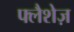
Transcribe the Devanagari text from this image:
फ्लैशेज़